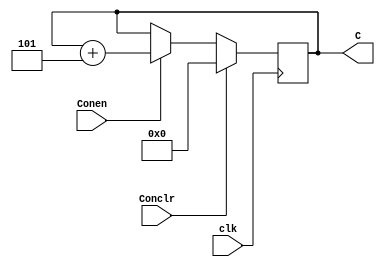
`timescale 1ns / 1ps
//////////////////////////////////////////////////////////////////////////////////
// Company: 
// Engineer: 
// 
// Design Name: 
// Module Name: Const
// Project Name: 
// Target Devices: 
// Tool Versions: 
// Description: 
// 
// Dependencies: 
// 
// Revision:
// Revision 0.01 - File Created
// Additional Comments:
// 
//////////////////////////////////////////////////////////////////////////////////


module Const(C, Conen, Conclr, clk);
input clk, Conen,Conclr;
output reg [15:0]C =0;
always@(posedge clk) begin
    if(Conclr)begin
    C <=0;
    end
    else if(Conen)begin
    C <= C+5;
    end
    else begin
    C <= C;
    end
end
endmodule